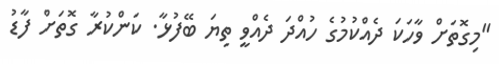
"މިގޮތަށް ވާހަކަ ދެއްކުމުގެ ހުއްދަ ދެއްވީ ތިޔަ ބޭފުޅާ. ކަންކުރާ ގޮތަށް ފާޑު